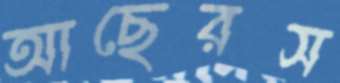
আছেরস